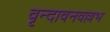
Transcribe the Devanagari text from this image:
वृन्दावनवल्लभ